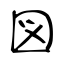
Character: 図